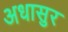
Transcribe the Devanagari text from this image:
अधासुर